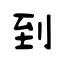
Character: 到